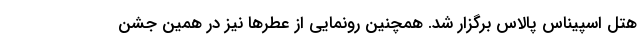
هتل اسپیناس پالاس برگزار شد. همچنین رونمایی از عطرها نیز در همین جشن